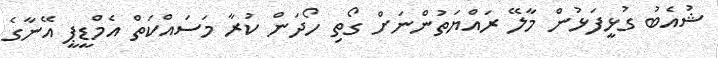
ޝުއެބު ގުޅީފަޅުން މާލޭ ރައްޔަތުންނަށް ގޯތި ހޯދަން ކުރާ މަސައްކަތް އެމްޑީޕީ އޭނާގެ